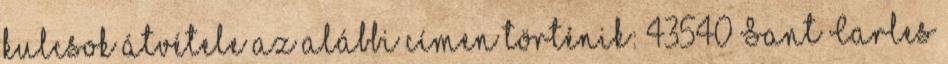
kulcsok átvétele az alábbi címen történik: 43540 Sant Carles